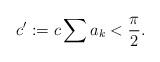
LaTeX: \begin{align*}c':= c \sum a_k < \frac{\pi}{2}. \end{align*}